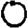
Digit: 0